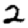
Digit: 2